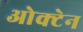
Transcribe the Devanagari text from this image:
ओक्टेन